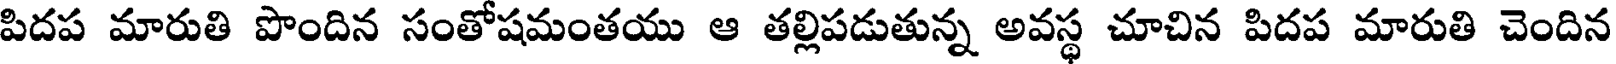
పిదప మారుతి పొందిన సంతోషమంతయు ఆ తల్లిపడుతున్న అవస్థ చూచిన పిదప మారుతి చెందిన